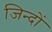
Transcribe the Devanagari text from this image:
जिन्दों